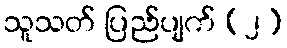
သူသတ် ပြည်ပျက် (၂)